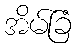
အိမ်ခြံ